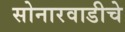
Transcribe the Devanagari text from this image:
सोनारवाडीचे